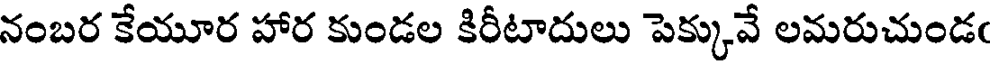
నంబర కేయూర హార కుండల కిరీటాదులు పెక్కువే లమరుచుండఁ